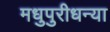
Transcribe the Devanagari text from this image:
मधुपुरीधन्या